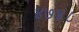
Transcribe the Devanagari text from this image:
४७४८